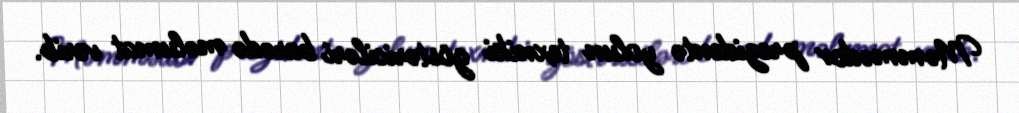
Məmmədov prezidentə yolun texniki göstəriciləri barədə məlumat verib.